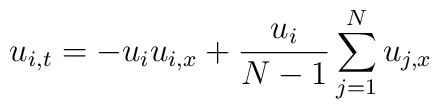
u_{i,t}=-u_i u_{i,x} + {u_i \over N-1} \sum_{j=1}^N u_{j,x}